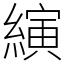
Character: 縯